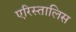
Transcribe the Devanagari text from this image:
एरिस्तालिस